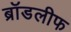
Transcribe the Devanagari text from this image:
ब्रॉडलीफ